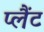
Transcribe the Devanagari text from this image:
प्लैंट